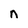
Character: n